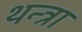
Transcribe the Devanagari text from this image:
थन्त्रा